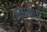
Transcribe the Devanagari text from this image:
वळायला